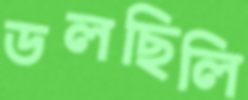
ডলছিলি